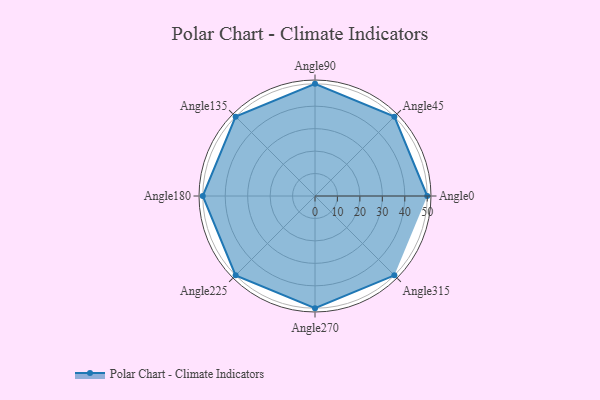
{"axis": {"x": "Angle", "y": "Radius"}, "legend": [""], "data": [{"x": "Angle0", "y": 50, "type": ""}, {"x": "Angle45", "y": 50, "type": ""}, {"x": "Angle90", "y": 50, "type": ""}, {"x": "Angle135", "y": 50, "type": ""}, {"x": "Angle180", "y": 50, "type": ""}, {"x": "Angle225", "y": 50, "type": ""}, {"x": "Angle270", "y": 50, "type": ""}, {"x": "Angle315", "y": 50, "type": ""}]}